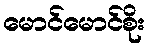
မောင်မောင်စိုး